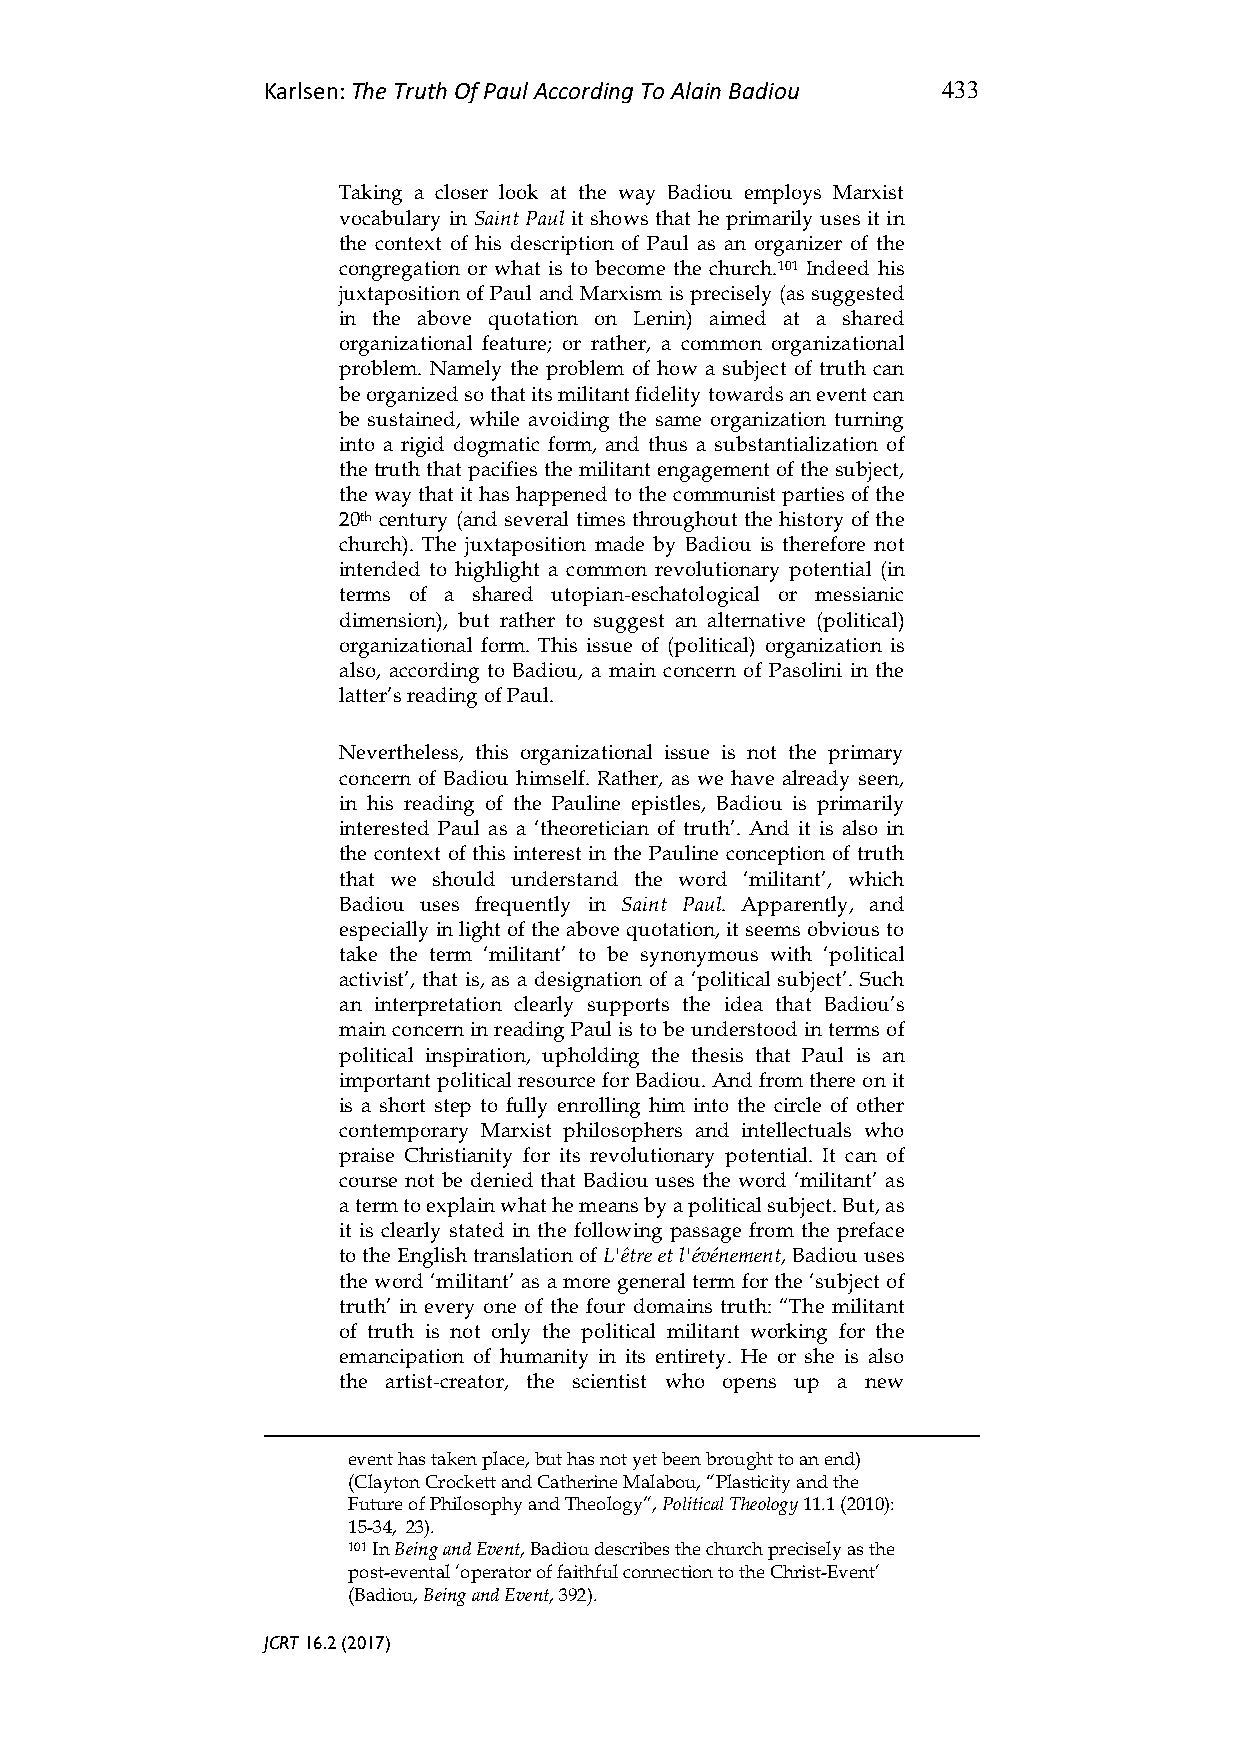
Karlsen: The Truth Of Paul According To Alain Badiou 433
 Taking a closer look at the way Badiou employs Marxist
 vocabulary in Saint Paul it shows that he primarily uses it in
 the context of his description of Paul as an organizer of the
 congregation or what is to become the church.101 Indeed his
 juxtaposition of Paul and Marxism is precisely (as suggested
 in the above quotation on Lenin) aimed at a shared
 organizational feature; or rather, a common organizational
 problem. Namely the problem of how a subject of truth can
 be organized so that its militant fidelity towards an event can
 be sustained, while avoiding the same organization turning
 into a rigid dogmatic form, and thus a substantialization of
 the truth that pacifies the militant engagement of the subject,
 the way that it has happened to the communist parties of the
 20th century (and several times throughout the history of the
 church). The juxtaposition made by Badiou is therefore not
 intended to highlight a common revolutionary potential (in
 terms of a shared utopian-eschatological or messianic
 dimension), but rather to suggest an alternative (political)
 organizational form. This issue of (political) organization is
 also, according to Badiou, a main concern of Pasolini in the
 latter’s reading of Paul.
 Nevertheless, this organizational issue is not the primary
 concern of Badiou himself. Rather, as we have already seen,
 in his reading of the Pauline epistles, Badiou is primarily
 interested Paul as a ‘theoretician of truth’. And it is also in
 the context of this interest in the Pauline conception of truth
 that we should understand the word ‘militant’, which
 Badiou uses frequently in Saint Paul. Apparently, and
 especially in light of the above quotation, it seems obvious to
 take the term ‘militant’ to be synonymous with ‘political
 activist’, that is, as a designation of a ‘political subject’. Such
 an interpretation clearly supports the idea that Badiou’s
 main concern in reading Paul is to be understood in terms of
 political inspiration, upholding the thesis that Paul is an
 important political resource for Badiou. And from there on it
 is a short step to fully enrolling him into the circle of other
 contemporary Marxist philosophers and intellectuals who
 praise Christianity for its revolutionary potential. It can of
 course not be denied that Badiou uses the word ‘militant’ as
 a term to explain what he means by a political subject. But, as
 it is clearly stated in the following passage from the preface
 to the English translation of L'être et l'événement, Badiou uses
 the word ‘militant’ as a more general term for the ‘subject of
 truth’ in every one of the four domains truth: “The militant
 of truth is not only the political militant working for the
 emancipation of humanity in its entirety. He or she is also
 the artist-creator, the scientist who opens up a new
 event has taken place, but has not yet been brought to an end)
 (Clayton Crockett and Catherine Malabou, “Plasticity and the
 Future of Philosophy and Theology”, Political Theology 11.1 (2010):
 15-34, 23).
 101 In Being and Event, Badiou describes the church precisely as the
 post-evental ‘operator of faithful connection to the Christ-Event’
 (Badiou, Being and Event, 392).
 JCRT 16.2 (2017)